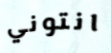
انتوني